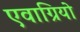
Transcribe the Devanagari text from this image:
एवाग्रियो